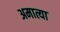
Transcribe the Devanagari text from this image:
अमात्या